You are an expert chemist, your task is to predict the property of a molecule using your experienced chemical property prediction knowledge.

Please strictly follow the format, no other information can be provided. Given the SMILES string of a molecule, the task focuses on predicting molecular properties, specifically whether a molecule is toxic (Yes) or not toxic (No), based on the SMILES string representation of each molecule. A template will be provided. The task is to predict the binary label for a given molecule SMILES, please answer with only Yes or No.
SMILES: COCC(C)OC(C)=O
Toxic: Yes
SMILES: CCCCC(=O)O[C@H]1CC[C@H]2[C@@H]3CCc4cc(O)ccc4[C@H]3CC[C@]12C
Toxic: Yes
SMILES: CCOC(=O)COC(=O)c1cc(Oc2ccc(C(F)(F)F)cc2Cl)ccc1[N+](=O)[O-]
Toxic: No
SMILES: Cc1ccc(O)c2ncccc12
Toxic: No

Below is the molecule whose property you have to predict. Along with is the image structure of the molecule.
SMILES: CC(C)(C)CC(C)(C)c1ccc(O)cc1
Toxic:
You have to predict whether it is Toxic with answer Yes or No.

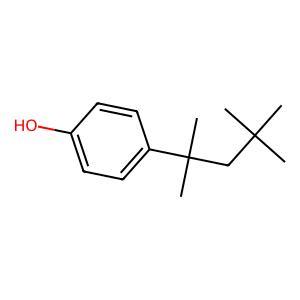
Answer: No